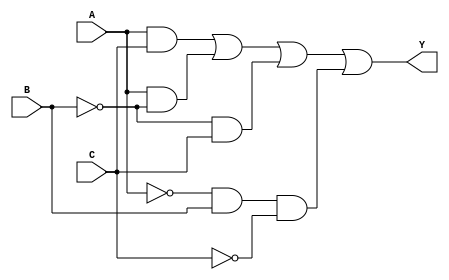
module m16_1(A, B, C, Y);
    input A;
    input B;
    input C;
    output Y;

    //  AC+A!B+!BC+!AB!C
    assign Y = ((A & C) | (A & ~B) | (~B & C) | (~A & B & ~C));
endmodule